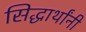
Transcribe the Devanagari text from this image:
सिद्धार्थांनी